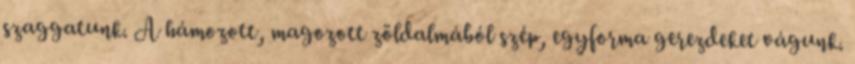
szaggatunk. A hámozott, magozott zöldalmából szép, egyforma gerezdeket vágunk.